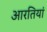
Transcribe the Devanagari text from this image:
आरतियां